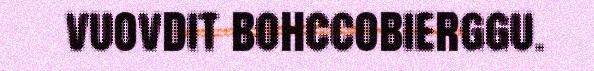
vuovdit bohccobierggu.